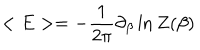
< E > = - { \frac { 1 } { 2 \pi } } \partial _ { \beta } \ln Z ( \beta )